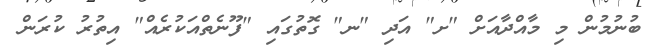
ބުނުމުން މި މާއްދާއަށް "ށ" އަދި "ނ" ގޮތުގައި "ފޫނެތްއަކުރެއް" އިތުރު ކުރަން